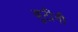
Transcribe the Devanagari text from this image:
बुटींनी